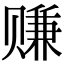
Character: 赚